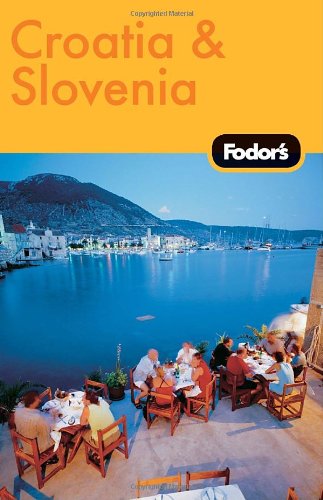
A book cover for Fodor's Croatia and Slovenia, 2nd Edition (Travel Guide); Fodor's; Travel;